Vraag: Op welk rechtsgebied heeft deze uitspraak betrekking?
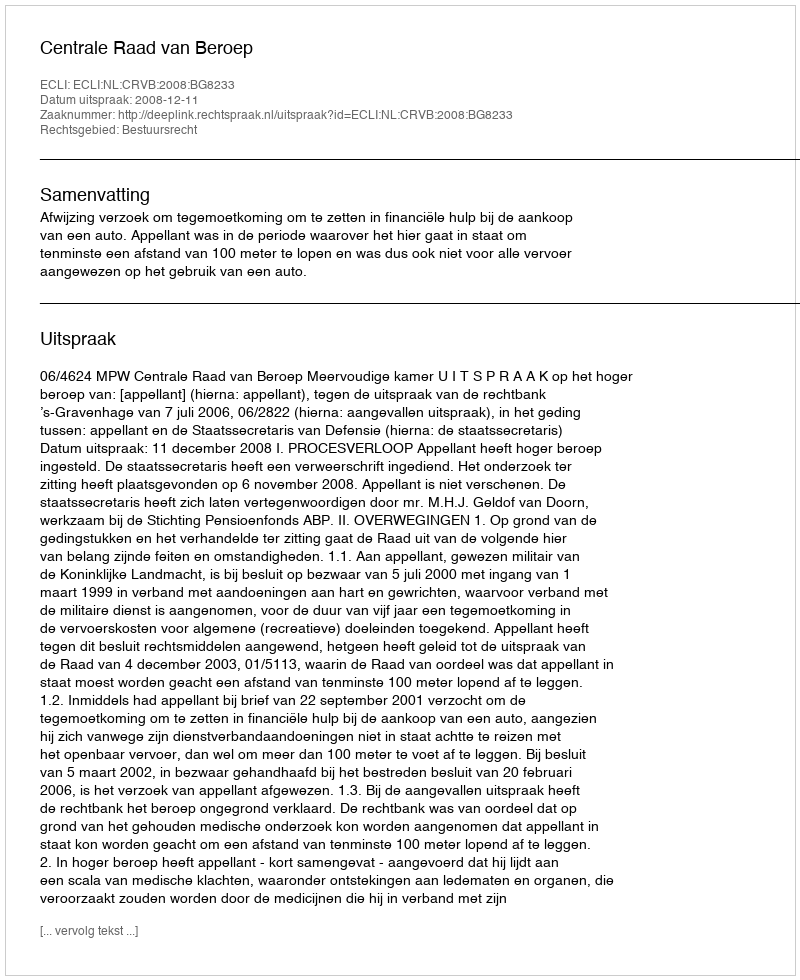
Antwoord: Bestuursrecht